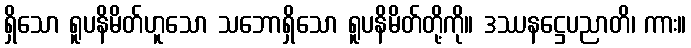
ရှိသော ရူပနိမိတ်ဟူသော သဘောရှိသော ရူပနိမိတ်တို့ကို။ ဒဿနဋ္ဌေပညာတိ၊ ကား။